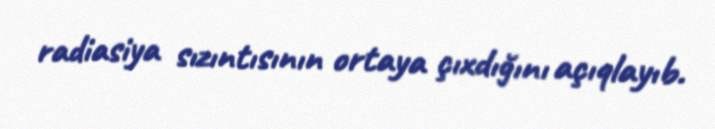
radiasiya sızıntısının ortaya çıxdığını açıqlayıb.